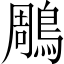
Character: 鵰